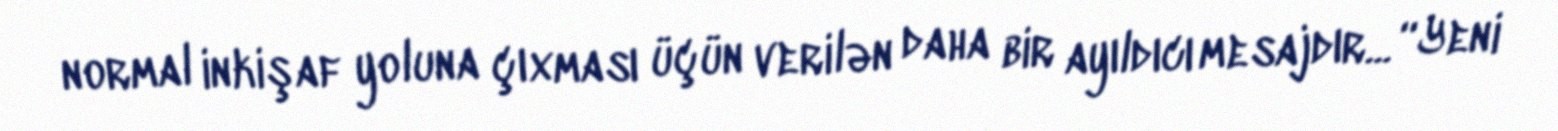
normal inkişaf yoluna çıxması üçün verilən daha bir ayıldıcı mesajdır... “Yeni